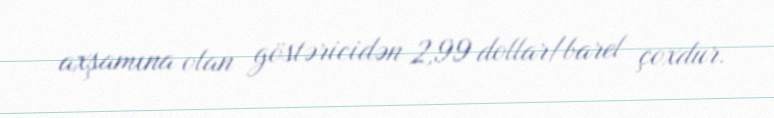
axşamına olan göstəricidən 2,99 dollar/barel çoxdur.